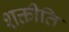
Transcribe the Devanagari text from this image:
शक्तीति